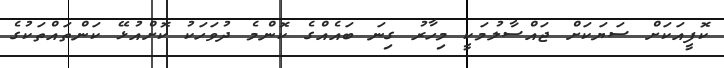
ކޮފީއަކަށް ސަޔަކަށް ޖައްސާލުމަކީ މިހާރު ގިނަ ބައެއްގެ ކޮންމެ ދުވަހަކު ކޮށްއުޅޭ ކަންތައްތަކުގެ